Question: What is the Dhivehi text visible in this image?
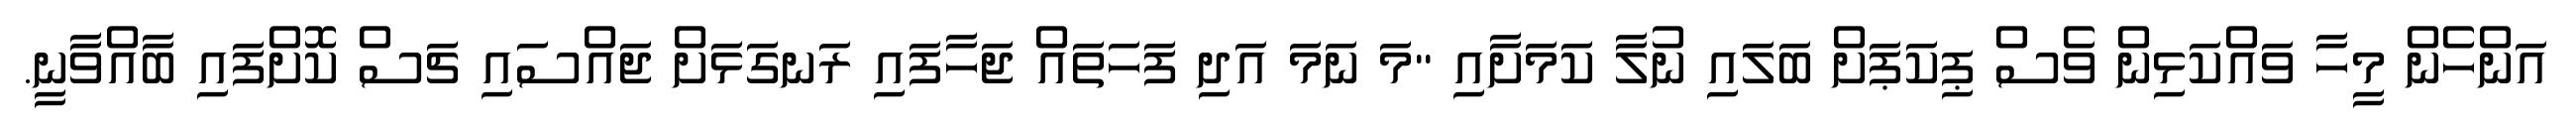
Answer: އަންހެން މީހާ ވައްކަޅިން ވެސް ޕިކަޕަށް ބަލައި ނުލާ ކަމަށާއި "މަ ނަމަ އަދި ފަހަތައް ޖަހާފައި ރަނގަޅަށް ޖައްސައި ޗަސް ކޮށްފައި ބާއްވާނީ.